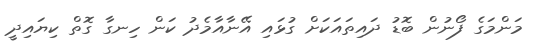
މަންމަގެ ފޯނުން ބޮޑު ދައިތައަކަށް ގުޅައި އޭނާއާމެދު ކަން ހިނގާ ގޮތް ކިޔައިދީ